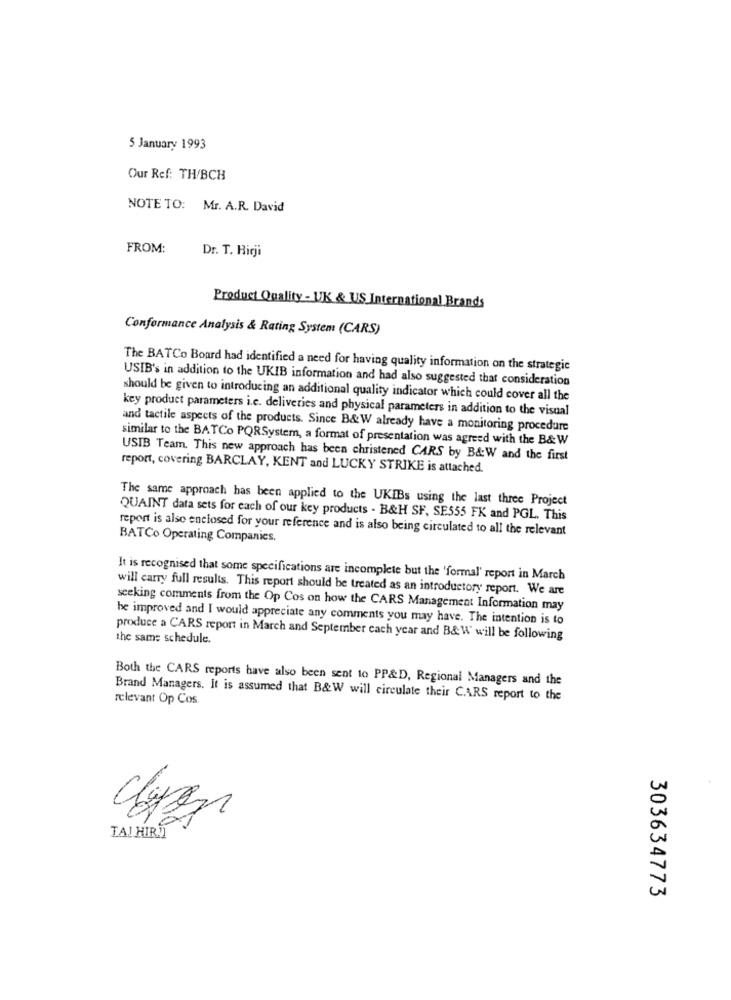
5 January 1993
Our Ref: TH/BCH
NOTE TO: Mr. A.R. David
FROM:
Dr. T. Hirji
Product Quality - UK & US International Brands
Conformance Analysis & Rating System (CARS)
The BATCo Board had identified a need for having quality information on the strategic
USIB's in addition to the UKIB information and had also suggested that consideration
should be given to introducing an additional quality indicator which could cover all the
key product parameters i.e. deliveries and physical parameters in addition to the visual
and tactile aspects of the products. Since B&W already have a monitoring procedure
similar to the BATCo PQRSystem, a format of presentation was agreed with the B&W
USIB Team. This new approach has been christened CARS by B&W and the first
report, covering BARCLAY, KENT and LUCKY STRIKE is attached.
The same approach has been applied to the UKIBs using the last three Project
QUAINT data sets for each of our key products - B&H SF, SE555 FK and PGL. This
report is also enclosed for your reference and is also being circulated to all the relevant
BATCo Operating Companies,
It is recognised that some specifications are incomplete but the 'formal' report in March
will carry full results. This report should be treated as an introductory report. We are
seeking comments from the Op Cos on how the CARS Management Information may
be improved and I would appreciate any comments you may have. The intention is to
produce a CARS report in March and September each year and B&W will be following
the same schedule.
Both the CARS reports have also been sent to PP&D, Regional Managers and the
relevant Op Cos
Brand Managers. It is assumed that B&W will circulate their CARS report to the
Clean
TAL HIRN
303634773